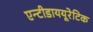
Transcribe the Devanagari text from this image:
एन्टीडाययूरेटिक